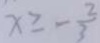
x \geq - \frac { 2 } { 3 }